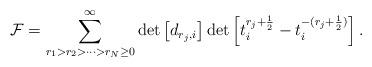
LaTeX: \begin{align*}{\cal F} = \sum_{r_{1}>r_{2}>\cdots>r_{N} \geq 0}^{\infty}\det\left[d_{r_{j},i}\right]\det\left[t_{i}^{r_{j}+\frac{1}{2}}-t_{i}^{-(r_{j}+\frac{1}{2})}\right].\end{align*}